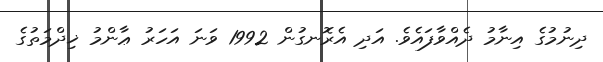
ދިނުމުގެ އިނާމު ދެއްވާފައެވެ. އަދި އެރޮނގުން 1992 ވަނަ އަހަރު ޢާންމު ޚިދްމަތުގެ